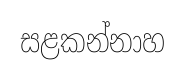
සළකන්නාහ